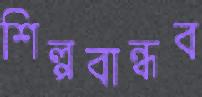
শিল্পবান্ধব